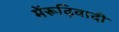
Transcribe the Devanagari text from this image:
मेंरूढ़िवादी